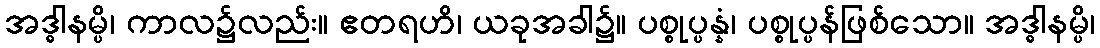
အဒ္ဓါနမ္ပိ၊ ကာလ၌လည်း။ ဧတရဟိ၊ ယခုအခါ၌။ ပစ္စုပ္ပန္နံ၊ ပစ္စုပ္ပန်ဖြစ်သော။ အဒ္ဓါနမ္ပိ၊